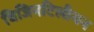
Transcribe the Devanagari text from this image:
विजिनटिलीयन